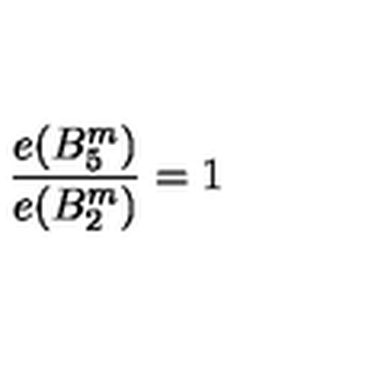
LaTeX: { \frac { e ( B _ { 5 } ^ { m } ) } { e ( B _ { 2 } ^ { m } ) } } = 1